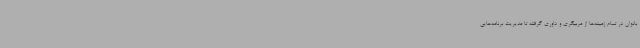
بانوان در تمام زمینه‌ها از مربیگری و داوری گرفته تا مدیریت برنامه‌هایی